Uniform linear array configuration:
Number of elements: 64
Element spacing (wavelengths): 0.5
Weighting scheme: uniform
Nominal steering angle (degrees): -60
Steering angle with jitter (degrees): -58.47
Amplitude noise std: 0.05
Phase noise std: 0.05

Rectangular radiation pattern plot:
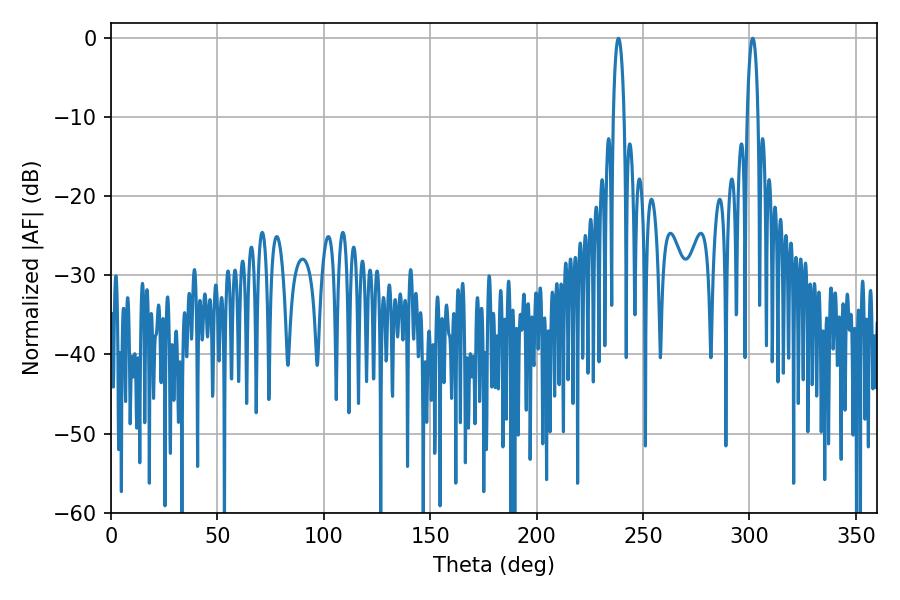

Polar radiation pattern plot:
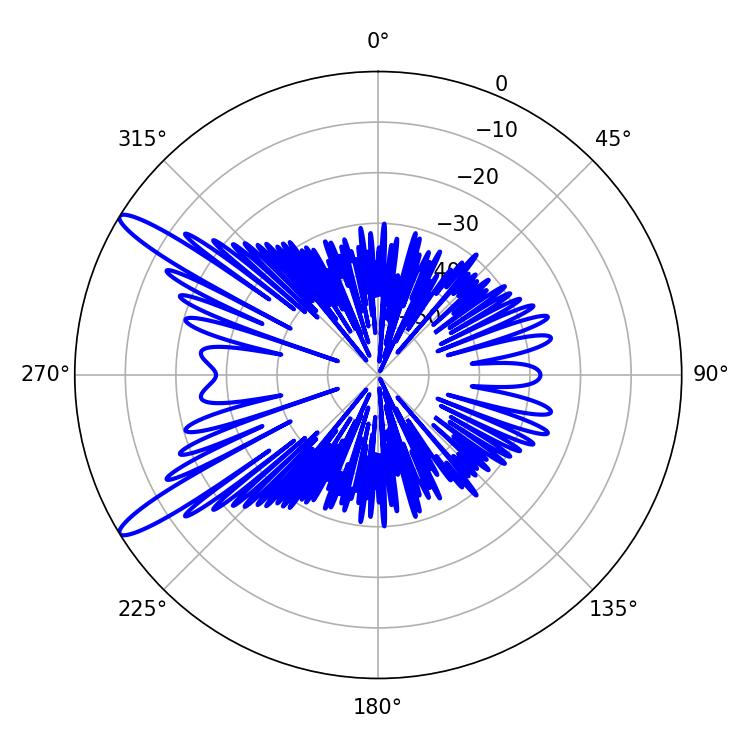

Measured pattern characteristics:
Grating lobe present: FALSE
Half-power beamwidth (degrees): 2.88
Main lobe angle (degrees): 301.5